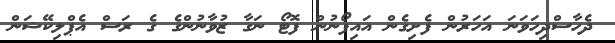
ދެހާސްދިހަވަނަ އަހަރުން ފެށިގެން އައިފޯނުން ފޮޓޯ ނަގާ ޒުވާނުންގެ ގެ ރަސް އެޕްލިކޭޝަން